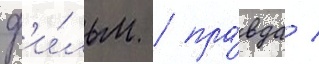
ф'и́льм / пра́вда /